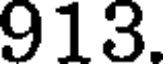
913.